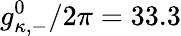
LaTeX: g_{\kappa,-}^{0}/2\pi=33.3